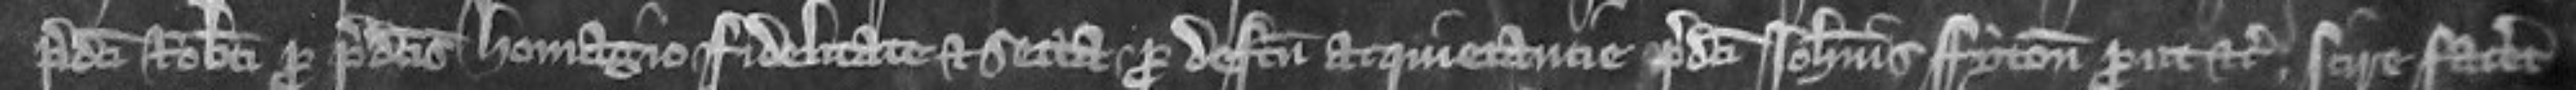
predicti Roberti pro predictis homagio fidelitate et secta pro defectu acquietancie predicti Johannis Fyton prout etc scire faceret